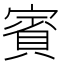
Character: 賓